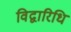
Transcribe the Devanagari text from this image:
विद्वारिधि